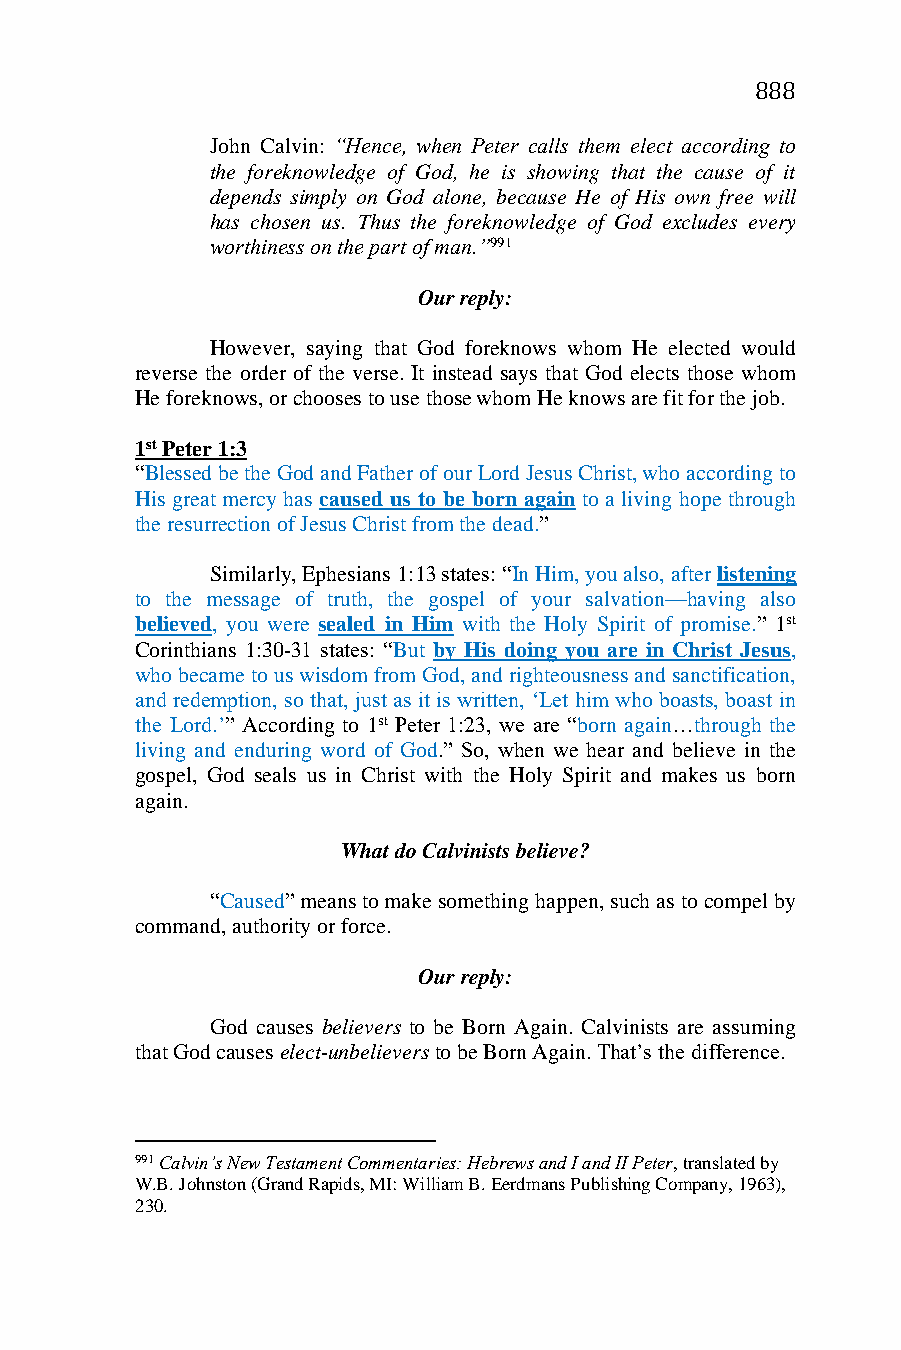
888
 John Calvin: “Hence, when Peter calls them elect according to
 the foreknowledge of God, he is showing that the cause of it
 depends simply on God alone, because He of His own free will
 has chosen us. Thus the foreknowledge of God excludes every
 worthiness on the part of man.”991
 Our reply:
 However, saying that God foreknows whom He elected would
 reverse the order of the verse. It instead says that God elects those whom
 He foreknows, or chooses to use those whom He knows are fit for the job.
 1st Peter 1:3
 “Blessed be the God and Father of our Lord Jesus Christ, who according to
 His great mercy has caused us to be born again to a living hope through
 the resurrection of Jesus Christ from the dead.”
 Similarly, Ephesians 1:13 states: “In Him, you also, after listening
 to the message of truth, the gospel of your salvation—having also
 believed, you were sealed in Him with the Holy Spirit of promise.” 1st
 Corinthians 1:30-31 states: “But by His doing you are in Christ Jesus,
 who became to us wisdom from God, and righteousness and sanctification,
 and redemption, so that, just as it is written, ‘Let him who boasts, boast in
 the Lord.’” According to 1st Peter 1:23, we are “born again…through the
 living and enduring word of God.” So, when we hear and believe in the
 gospel, God seals us in Christ with the Holy Spirit and makes us born
 again.
 What do Calvinists believe?
 “Caused” means to make something happen, such as to compel by
 command, authority or force.
 Our reply:
 God causes believers to be Born Again. Calvinists are assuming
 that God causes elect-unbelievers to be Born Again. That’s the difference.
 991 Calvin’s New Testament Commentaries: Hebrews and I and II Peter, translated by
 W.B. Johnston (Grand Rapids, MI: William B. Eerdmans Publishing Company, 1963),
 230.